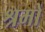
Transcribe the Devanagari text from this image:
श्रमों